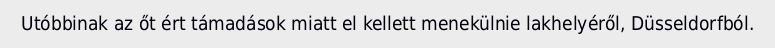
Utóbbinak az őt ért támadások miatt el kellett menekülnie lakhelyéről, Düsseldorfból.